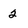
Character: 2